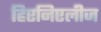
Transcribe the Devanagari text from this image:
हिएनिएलीज